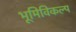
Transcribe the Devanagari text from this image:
भूमिविकल्प